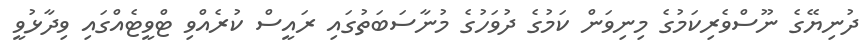
ދުނިޔޭގެ ނޫސްވެރިކަމުގެ މިނިވަން ކަމުގެ ދުވަހުގެ މުނާސަބަތުގައި ރައީސް ކުރެއްވި ޓްވީޓެއްގައި ވިދާޅުވީ